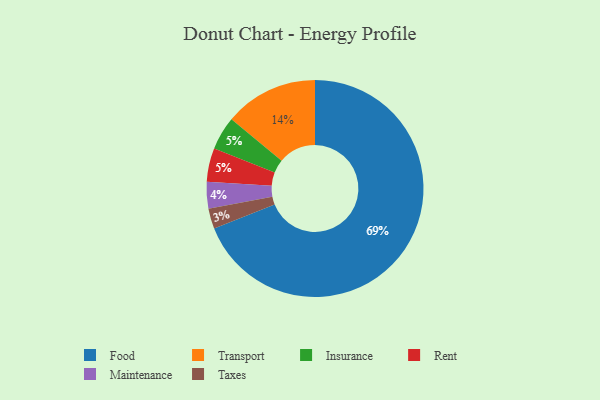
{"axis": {"x": "Category", "y": "Percentage"}, "legend": ["Food", "Insurance", "Maintenance", "Rent", "Taxes", "Transport"], "data": [{"x": "Insurance", "y": 5, "type": "Insurance"}, {"x": "Rent", "y": 5, "type": "Rent"}, {"x": "Transport", "y": 14, "type": "Transport"}, {"x": "Taxes", "y": 3, "type": "Taxes"}, {"x": "Maintenance", "y": 4, "type": "Maintenance"}, {"x": "Food", "y": 69, "type": "Food"}]}